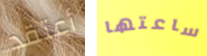
أعتقد ساعتها